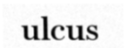
ulcus